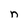
Character: n